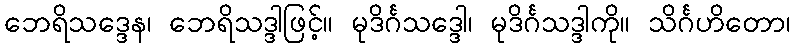
ဘေရိသဒ္ဒေန၊ ဘေရိသဒ္ဒါဖြင့်။ မုဒိင်္ဂသဒ္ဒေါ၊ မုဒိင်္ဂသဒ္ဒါကို။ သိင်္ဂဟိတော၊